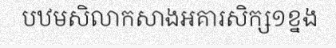
បឋមសិលាកសាងអគារសិក្ស១ខ្នង